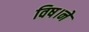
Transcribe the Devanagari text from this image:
विष।ने